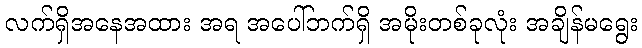
လက်ရှိအနေအထား အရ အပေါ်ဘက်ရှိ အမိုးတစ်ခုလုံး အချိန်မရွေး